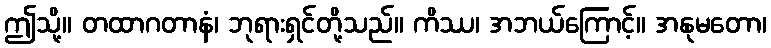
ဤသို့။ တထာဂတာနံ၊ ဘုရားရှင်တို့သည်။ ကိဿ၊ အဘယ်ကြောင့်။ အနုမတော၊